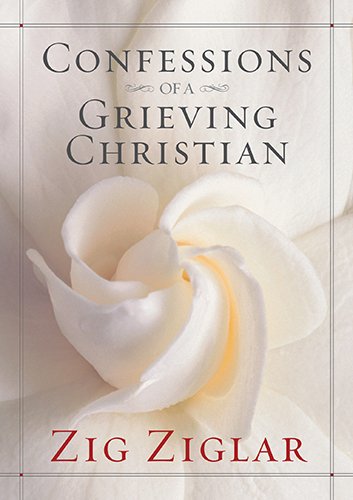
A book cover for Confessions of a Grieving Christian; Zig Ziglar; Christian Books & Bibles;